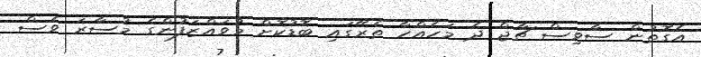
އެގޮތުން ސާވިސް ޗާޖް ދެ މަހެއްހާ ތެރޭގައި ބޮޑުކޮށް މުވައްޒަފުންގެ މުސާރަ ވެސް